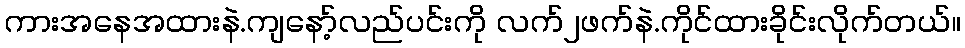
ကားအနေအထားနဲ.ကျနော့်လည်ပင်းကို လက်၂ဖက်နဲ.ကိုင်ထားခိုင်းလိုက်တယ်။